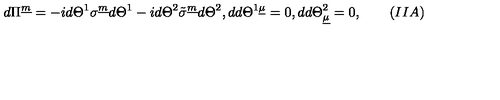
d \Pi ^ { \underline { m } } = - i d \Theta ^ { 1 } \sigma ^ { \underline { m } } d \Theta ^ { 1 } - i d \Theta ^ { 2 } \tilde { \sigma } ^ { \underline { m } } d \Theta ^ { 2 } , d d \Theta ^ { 1 \underline { \mu } } = 0 , d d \Theta _ { \underline { \mu } } ^ { 2 } = 0 , \qquad ( I I A )